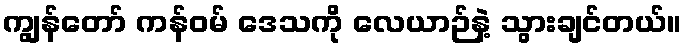
ကျွန်တော် ကန်ဝမ် ဒေသကို လေယာဉ်နဲ့ သွားချင်တယ်။